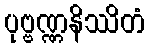
ပုဗ္ဗဏ္ဏနိဿိတံ